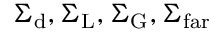
\Sigma _ { \mathrm { d } } , \Sigma _ { \mathrm { L } } , \Sigma _ { \mathrm { G } } , \Sigma _ { \mathrm { f a r } }